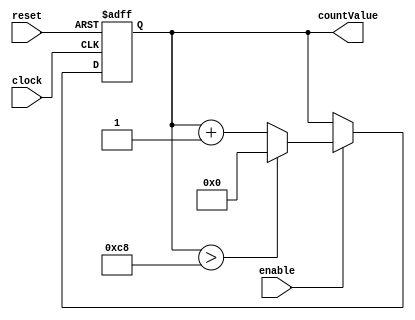
/*
 * N-Bit Counter
 * =============
 *
 * Add description here
 *
 */

module CounterNBit #(
    //Parameter list within the #(...)
    parameter WIDTH = 32,                //Default to 10bits wide 
    parameter INCREMENT = 1,             //Amount to increment counter by each cycle
    //parameter MAX_VALUE = (2**WIDTH)-1   //e.g. Maximum value default is 2^WIDTH - 1
	 parameter MAX_VALUE = 200
)(
    //Port list within the (...) as before
    input                    clock, 
    input                    reset,
    input                    enable,
    output reg [(WIDTH-1):0] countValue  //Output is declared as "WIDTH" bits wide
);
localparam ZERO = {(WIDTH){1'b0}}; //A local parameter. The value 0, WIDTH bits wide.
//...
//wire [(WIDTH-1):0] var;
//var =

always @ (posedge clock or posedge reset) begin

	if (reset)   begin
	countValue <= ZERO ;

	end

	else  begin
		if (enable ) begin 
		  countValue <=countValue +INCREMENT;
		
		     if (countValue > MAX_VALUE) begin // any comaprison must be after first else
		            countValue <= ZERO ;
    
		     
		     end 
		end
	
	end
end
endmodule